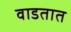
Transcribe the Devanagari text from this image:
वाडतात